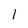
Character: 1